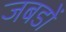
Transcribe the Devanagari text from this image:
जबडों